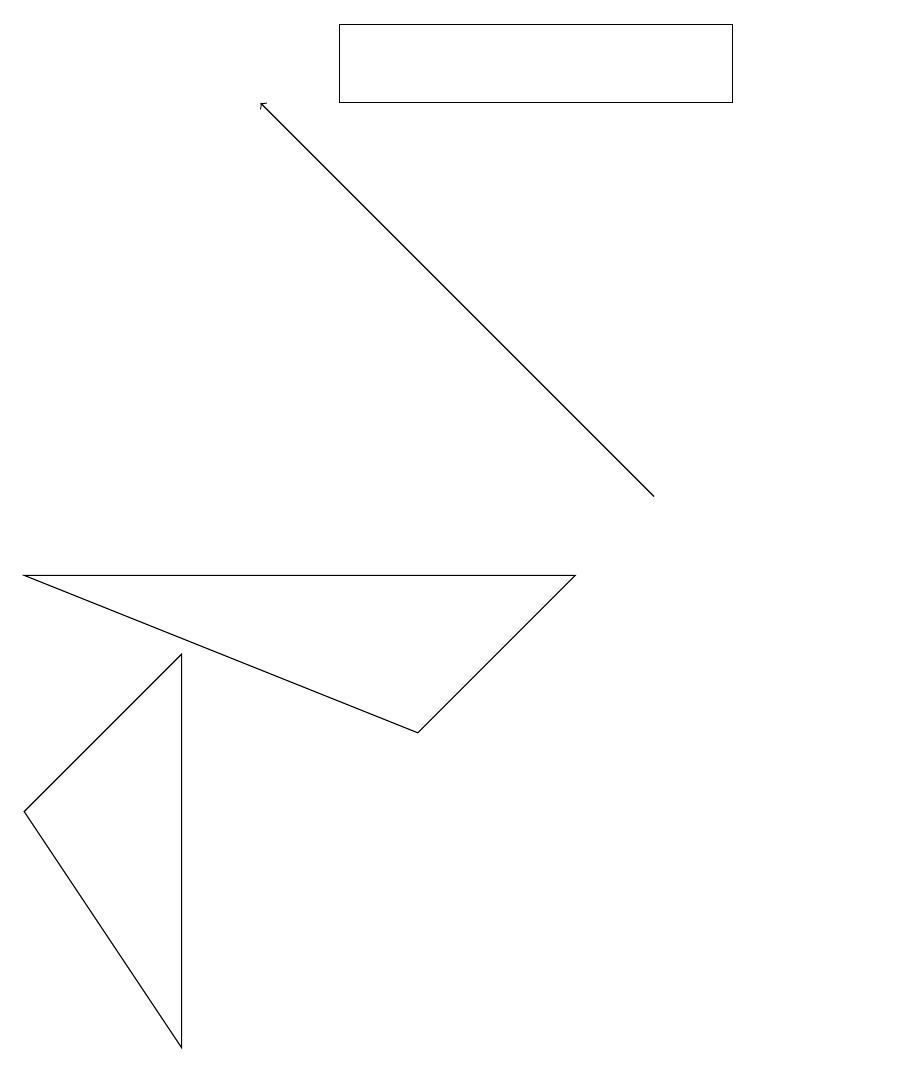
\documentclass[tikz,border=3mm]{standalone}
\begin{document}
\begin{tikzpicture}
\draw (4,16) rectangle (9,15);
\draw (0,6) -- (2,3) -- (2,8) -- cycle;
\draw[->] (8,10) -- (3,15);
\draw (11,10) circle (0);
\draw (5,7) -- (0,9) -- (7,9) -- cycle;
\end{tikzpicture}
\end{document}